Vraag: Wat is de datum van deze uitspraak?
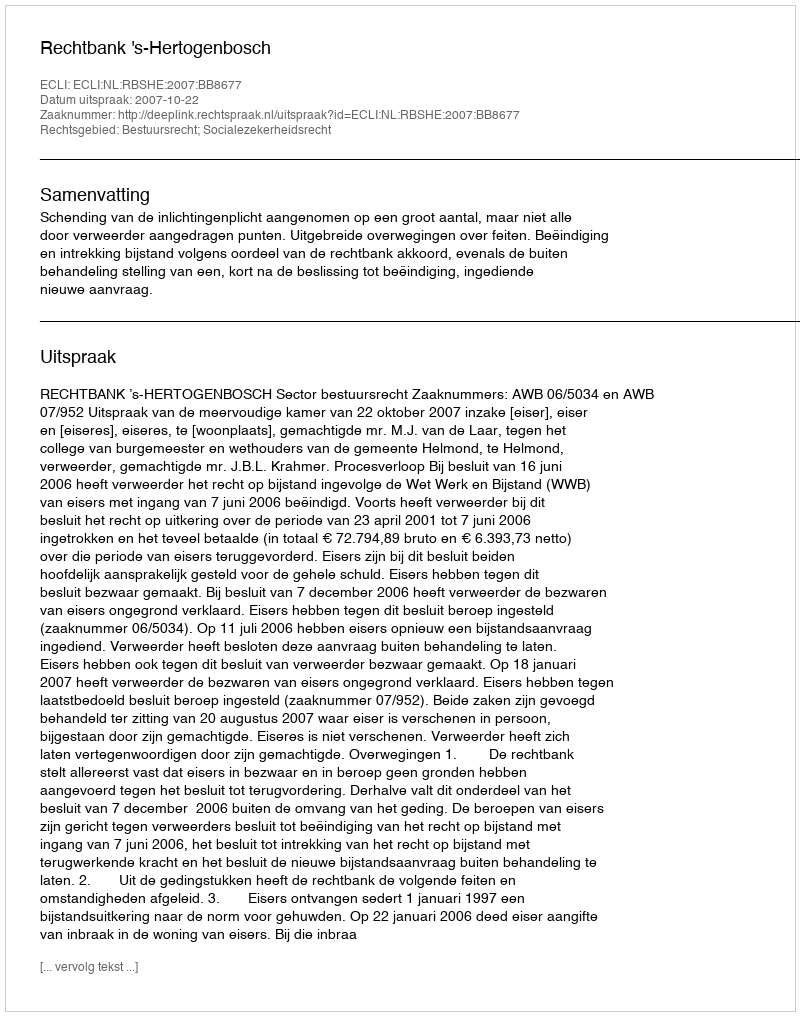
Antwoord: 2007-10-22